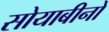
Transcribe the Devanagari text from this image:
सोयाबीनों